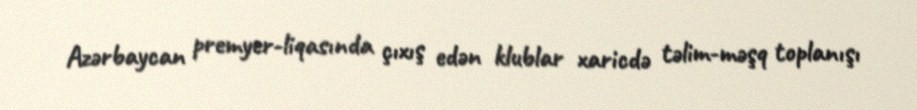
Azərbaycan premyer-liqasında çıxış edən klublar xaricdə təlim-məşq toplanışı